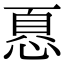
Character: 𢝊